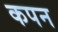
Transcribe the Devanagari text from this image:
कपन